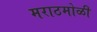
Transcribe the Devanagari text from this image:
मराठमोळी